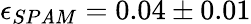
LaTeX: \epsilon_{SP\mathit{A}M}=0.04\pm0.01